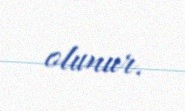
olunur.